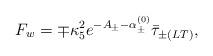
LaTeX: \begin{align*}F_w = \mp\kappa_5^2e^{-A_{\pm}-\alpha^{(0)}_{\pm}}\bar{\tau}_{\pm(LT)},\end{align*}